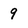
Character: 9